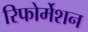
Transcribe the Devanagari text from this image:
रिफोर्मेशन